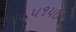
૫૧૫૦